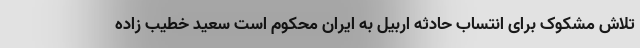
تلاش مشکوک برای انتساب حادثه اربیل به ایران محکوم است سعید خطیب زاده